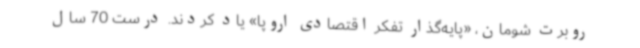
روبرت شومان، «پایه‌گذار تفکر اقتصادی اروپا» یاد کردند. درست 70 سال